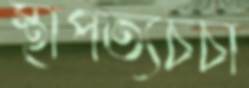
স্থাপত্যচর্চা